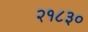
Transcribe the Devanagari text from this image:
२१८३०